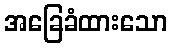
အခြေခံထားသော